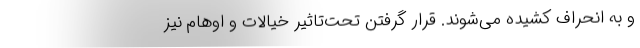
و به انحراف کشیده می‌شوند. قرار گرفتن تحت‌تاثیر خیالات و اوهام نیز